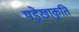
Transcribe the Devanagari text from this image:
षड्रेखाकृति